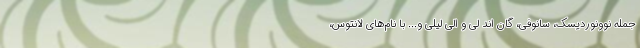
جمله نوونوردیسک، سانوفی، گان اند لی و الی لیلی و... با نام‌های لانتوس،